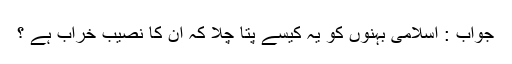
جواب : اسلامی بہنوں کو یہ کیسے پتا چلا کہ اُن کا نصیب خراب ہے ؟